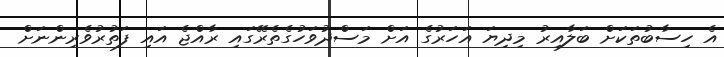
އެ ހިސާބުތަކަށް ބަލާއިރު މިދިޔަ އަހަރުގެ އަށް މަސްދުވަހުގެތެރޭގައި ރާއްޖެ އައި ފަތުރުވެރިންނަށް